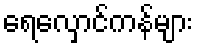
ရေလှောင်ကန်များ